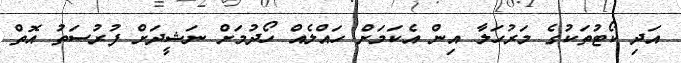
އަދި ކޯޓުތަކުގެ މަރުހަލާ އިން އެކަމަށް ހައްލެއް ހޯދުމަށް ނަޝީދަށް ފުރުސަތު އޮތް